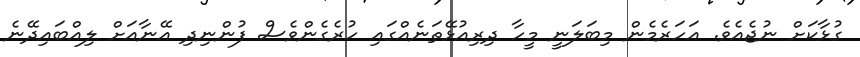
ގުޅާކަށް ނުޖެއެވެ. އަހަރެމެން މިބަލަނީ މީހާ ދިރިއުޅޭތަނެއްގައި ހުރެގެންވެސް ފުންނިދި އޭނާއަށް ލިއްބައިދޭނެ